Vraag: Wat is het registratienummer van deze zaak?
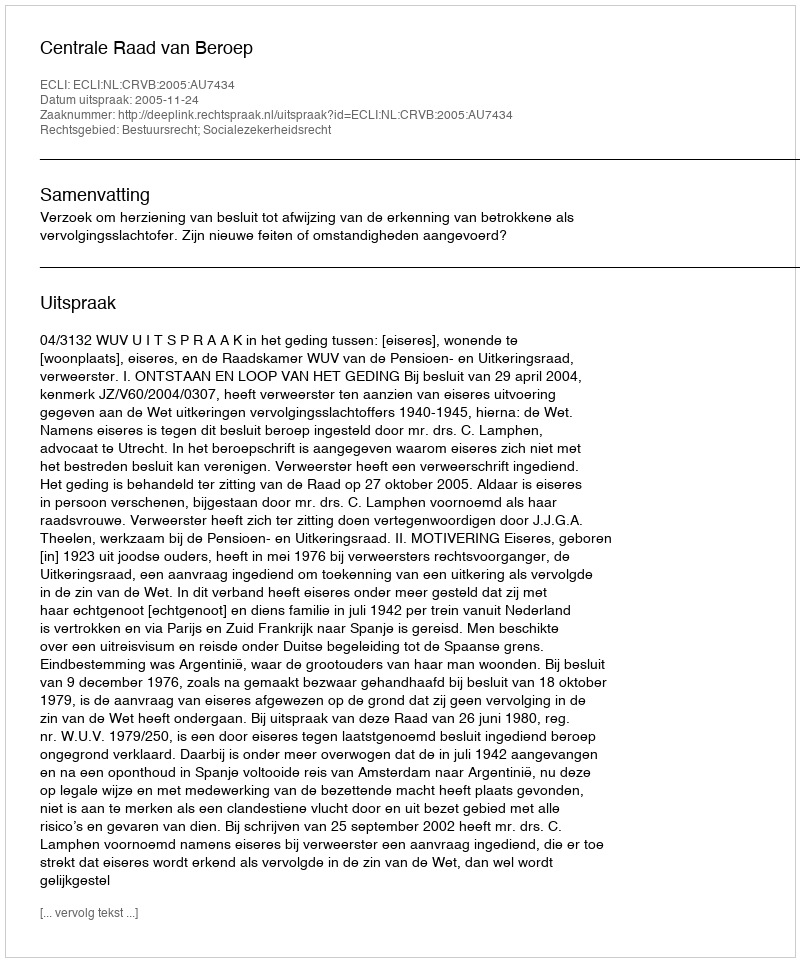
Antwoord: http://deeplink.rechtspraak.nl/uitspraak?id=ECLI:NL:CRVB:2005:AU7434